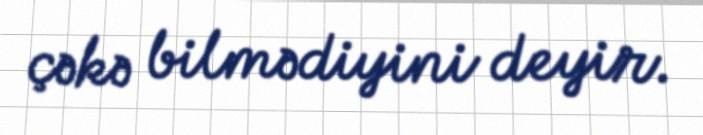
çəkə bilmədiyini deyir.